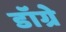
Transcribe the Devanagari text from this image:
डॉग्रे